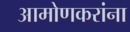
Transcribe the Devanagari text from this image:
आमोणकरांना